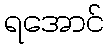
ရအောင်